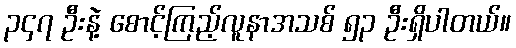
၃၄၇ ဦးနဲ့ စောင့်ကြည့်လူနာအသစ် ၅၃ ဦးရှိပါတယ်။